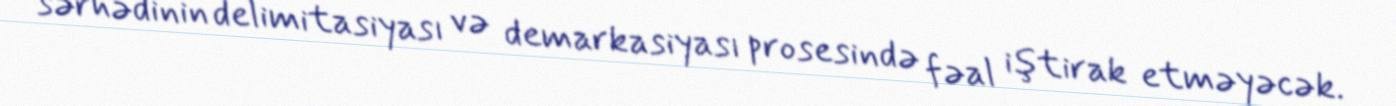
sərhədinin delimitasiyası və demarkasiyası prosesində fəal iştirak etməyəcək.